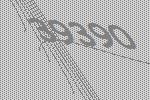
39390